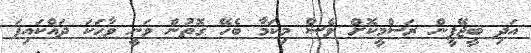
އަދި ބީޖޭޕީން ރަސްމީކޮށް ވެސް މިކަމާ ބެހޭ ގޮތުން ވަނީ ވާހަކަ ދައްކައިފަ